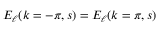
E _ { \ell } ( k = - \pi , s ) = E _ { \ell } ( k = \pi , s )